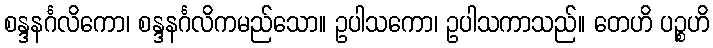
စန္ဒနင်္ဂလိကော၊ စန္ဒနင်္ဂလိကမည်သော။ ဥပါသကော၊ ဥပါသကာသည်။ တေဟိ ပဉ္စဟိ